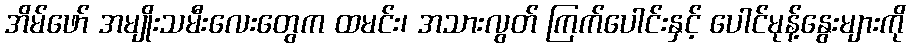
အိမ်ဖော် အမျိုးသမီးလေးတွေက ထမင်း၊ အသားလွတ် ကြက်ပေါင်းနှင့် ပေါင်မုန့်နွေးများကို